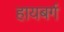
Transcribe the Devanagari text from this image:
हायबर्ग